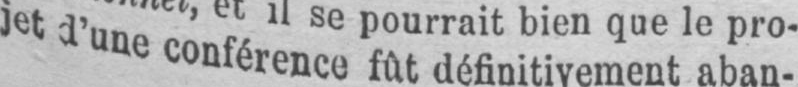
jet d’une conférence fût définitivement aban-